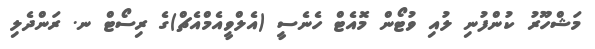
މަޝްހޫރު ކުންފުނި ލުއި ވުޓޯން މޮއެޓް ހެނެސީ (އެލްވީއެމްއެޗް)ގެ ރިސޯޓް ނ. ރަންދެލި